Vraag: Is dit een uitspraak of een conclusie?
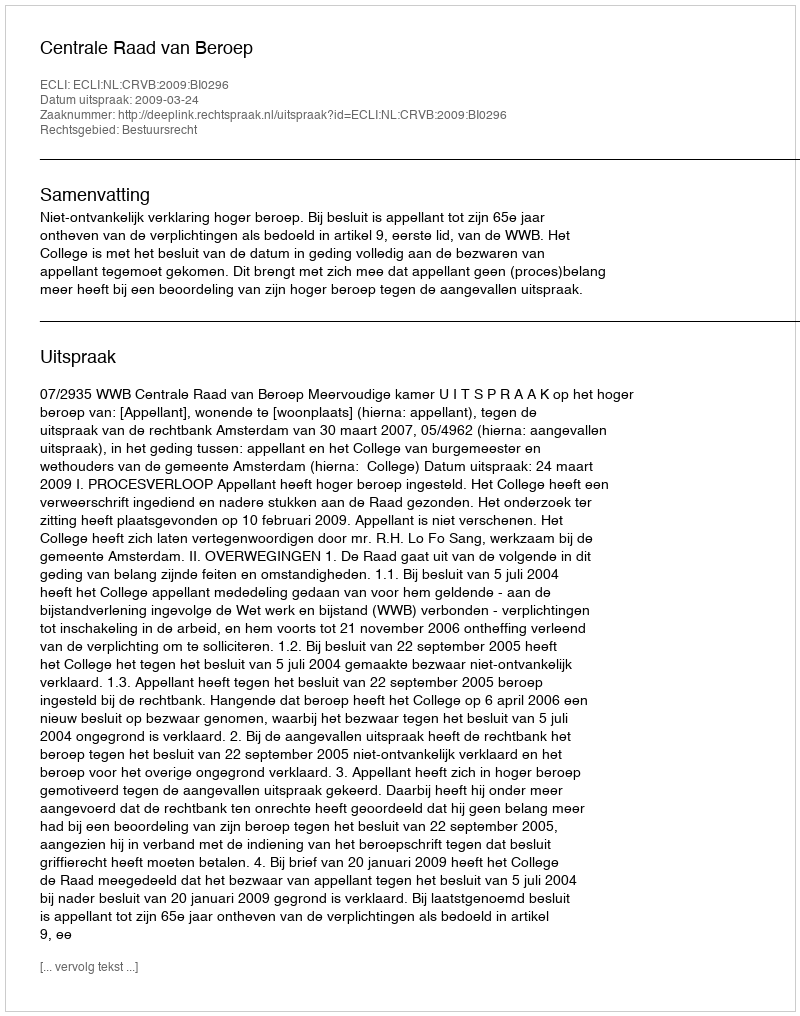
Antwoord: Uitspraak